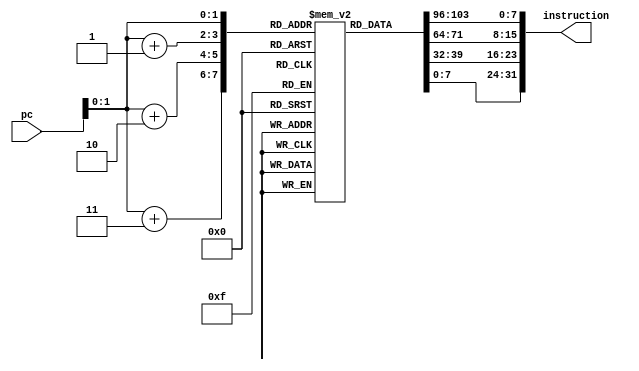
module inst_mem
(  
    input   [31:0]  pc,  
    output reg [31:0]  instruction  
);  
    reg [31:0] rom[0:3];

    integer i;
    integer j;
    integer k;
    integer h;
        
    initial begin  
        //lw  $2,14($0)
        rom[0] = 8'b10001100;

        rom[1] = 8'b00000010;
    
        rom[2] = 8'b00000000;
    
        rom[3] = 8'b00001110;
        
        //beq $9,$9,2;
        rom[4] = 8'b01000001;
    
        rom[5] = 8'b00101001;
    
        rom[6] = 8'b00000000;
    
        rom[7] = 8'b00000010;

        //nop
        rom[8] = 8'b00000000;

        rom[9] = 8'b00000000;

        rom[10] = 8'b00000000;

        rom[11] = 8'b00000000;
        
        //add $6,$2,$3;
        rom[12] = 8'b00000000;
    
        rom[13] = 8'b01100010;
    
        rom[14] = 8'b00110000;
    
        rom[15] = 8'b00100000;
    
        //sub $7,$6,$8;
        rom[16] = 8'b00000000;
    
        rom[17] = 8'b11001000;
    
        rom[18] = 8'b00111000;
    
        rom[19] = 8'b00100010;
        
        //add $15,$8,$4;
        rom[20] = 8'b00000001;
        
        rom[21] = 8'b00000100;
        
        rom[22] = 8'b01111000;
        
        rom[23] = 8'b00100000;
        
    end  
    always @(pc)
    begin
        for(h = 0; h <= 7; h = h + 1)
            instruction[h] = rom[pc + 3][h];
        
        for(k = 8; k <= 15; k = k + 1)
            instruction[k] = rom[pc + 2][k - 8];

        for(j = 16; j <= 23; j = j + 1)
            instruction[j] = rom[pc + 1][j - 16];
            
        for(i = 24; i < 32; i = i + 1)
            instruction[i] = rom[pc][i - 24];
    end
endmodule